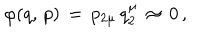
\varphi ( q , \, p ) \, = \, p _ { 2 \mu } \, q _ { 2 } ^ { \mu } \, \approx \, 0 \, { , }